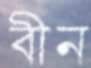
বীন